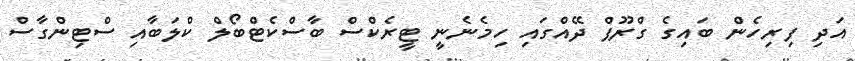
އަދި ފިރިހެން ބައިގެ ގްރޫޕް ދޭއްގައި ހިމެނެނީ ޓީރެކްސް ބާސްކެޓްބޯލް ކްލަބާއި ސްޓިންގާސް